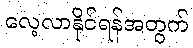
လေ့လာနိုင်ရန်အတွက်